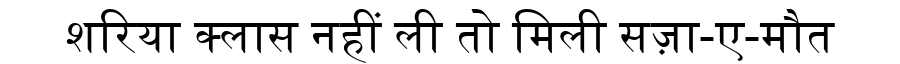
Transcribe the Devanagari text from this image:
शरिया क्लास नहीं ली तो मिली सज़ा-ए-मौत